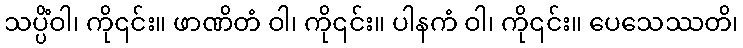
သပ္ပိံဝါ၊ ကို၎င်း။ ဖာဏိတံ ဝါ၊ ကို၎င်း။ ပါနကံ ဝါ၊ ကို၎င်း။ ပေသေဿတိ၊